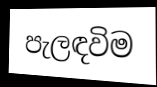
පැලඳවිම